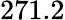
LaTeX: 271.2